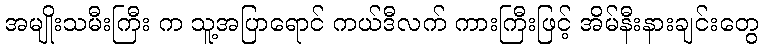
အမျိုးသမီးကြီး က သူ့အပြာရောင် ကယ်ဒီလက် ကားကြီးဖြင့် အိမ်နီးနားချင်းတွေ